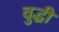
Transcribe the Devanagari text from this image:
वुद्धी